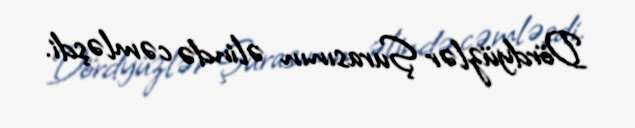
Dördyüzlər Şurasının əlində cəmləşdi.